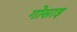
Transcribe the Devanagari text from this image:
गोसाइ